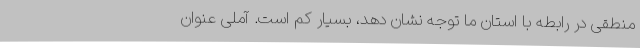
منطقی در رابطه با استان ما توجه نشان دهد، بسیار کم است. آملی عنوان